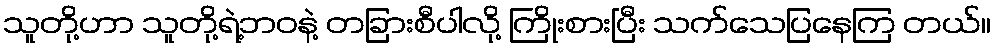
သူတို့ဟာ သူတို့ရဲ့ဘဝနဲ့ တခြားစီပါလို့ ကြိုးစားပြီး သက်သေပြနေကြ တယ်။